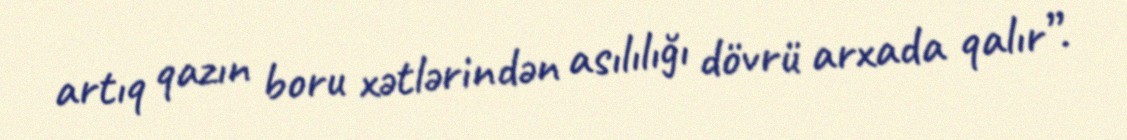
artıq qazın boru xətlərindən asılılığı dövrü arxada qalır”.